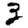
Digit: 3